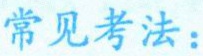
常见考法：